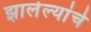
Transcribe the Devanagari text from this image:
झालेल्यांचे